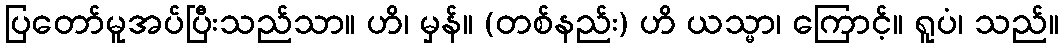
ပြတော်မူအပ်ပြီးသည်သာ။ ဟိ၊ မှန်။ (တစ်နည်း) ဟိ ယသ္မာ၊ ကြောင့်။ ရူပံ၊ သည်။